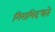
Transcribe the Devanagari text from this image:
गिराभिदधते